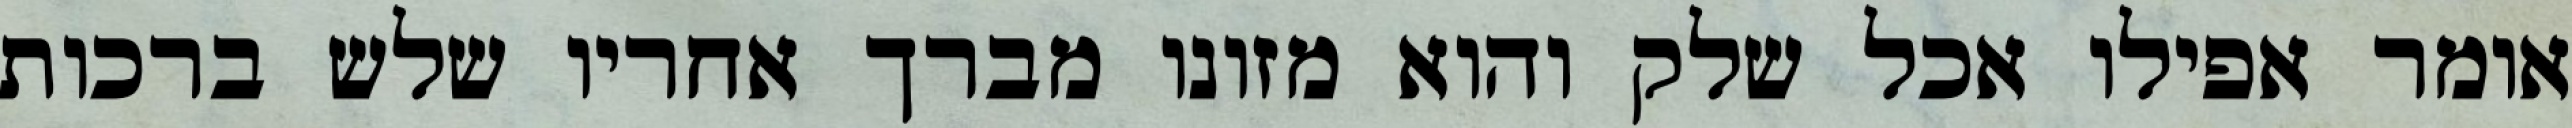
אומר אפילו אכל שלק והוא מזונו מברך אחריו שלש ברכות